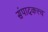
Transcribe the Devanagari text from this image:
संपादकत्त्व